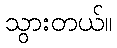
သွားတယ်။